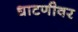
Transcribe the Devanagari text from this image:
धाटणीवर